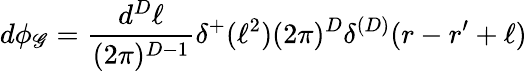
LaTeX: d\phi_{\mathscr{G}}=\frac{{d^{D}\ell}}{{(2\pi)^{D-1}}}\delta^{+}(\ell^{2})(2\pi)^{D}\delta^{(D)}(r-r^{\prime}+\ell)